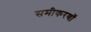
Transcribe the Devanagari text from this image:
समीकरणॉ